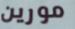
مورين